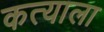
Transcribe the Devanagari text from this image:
कत्याला